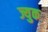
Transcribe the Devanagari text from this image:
ज्युक